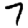
Digit: 7